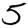
Digit: 5